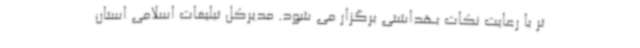
تر با رعایت نکات بهداشتی برگزار می شود. مدیرکل تبلیغات اسلامی استان